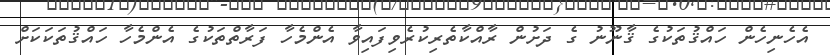
އެހެނިހެން ހައްޤުތަކުގެ ޤާނޫނު ގެ ދަށުން ރާއްކާތެރިކުރެވިފައިވާ އެންމެހާ ފަރާތްތަކުގެ އެންމެހާ ހައްޤުތަކަކަށް